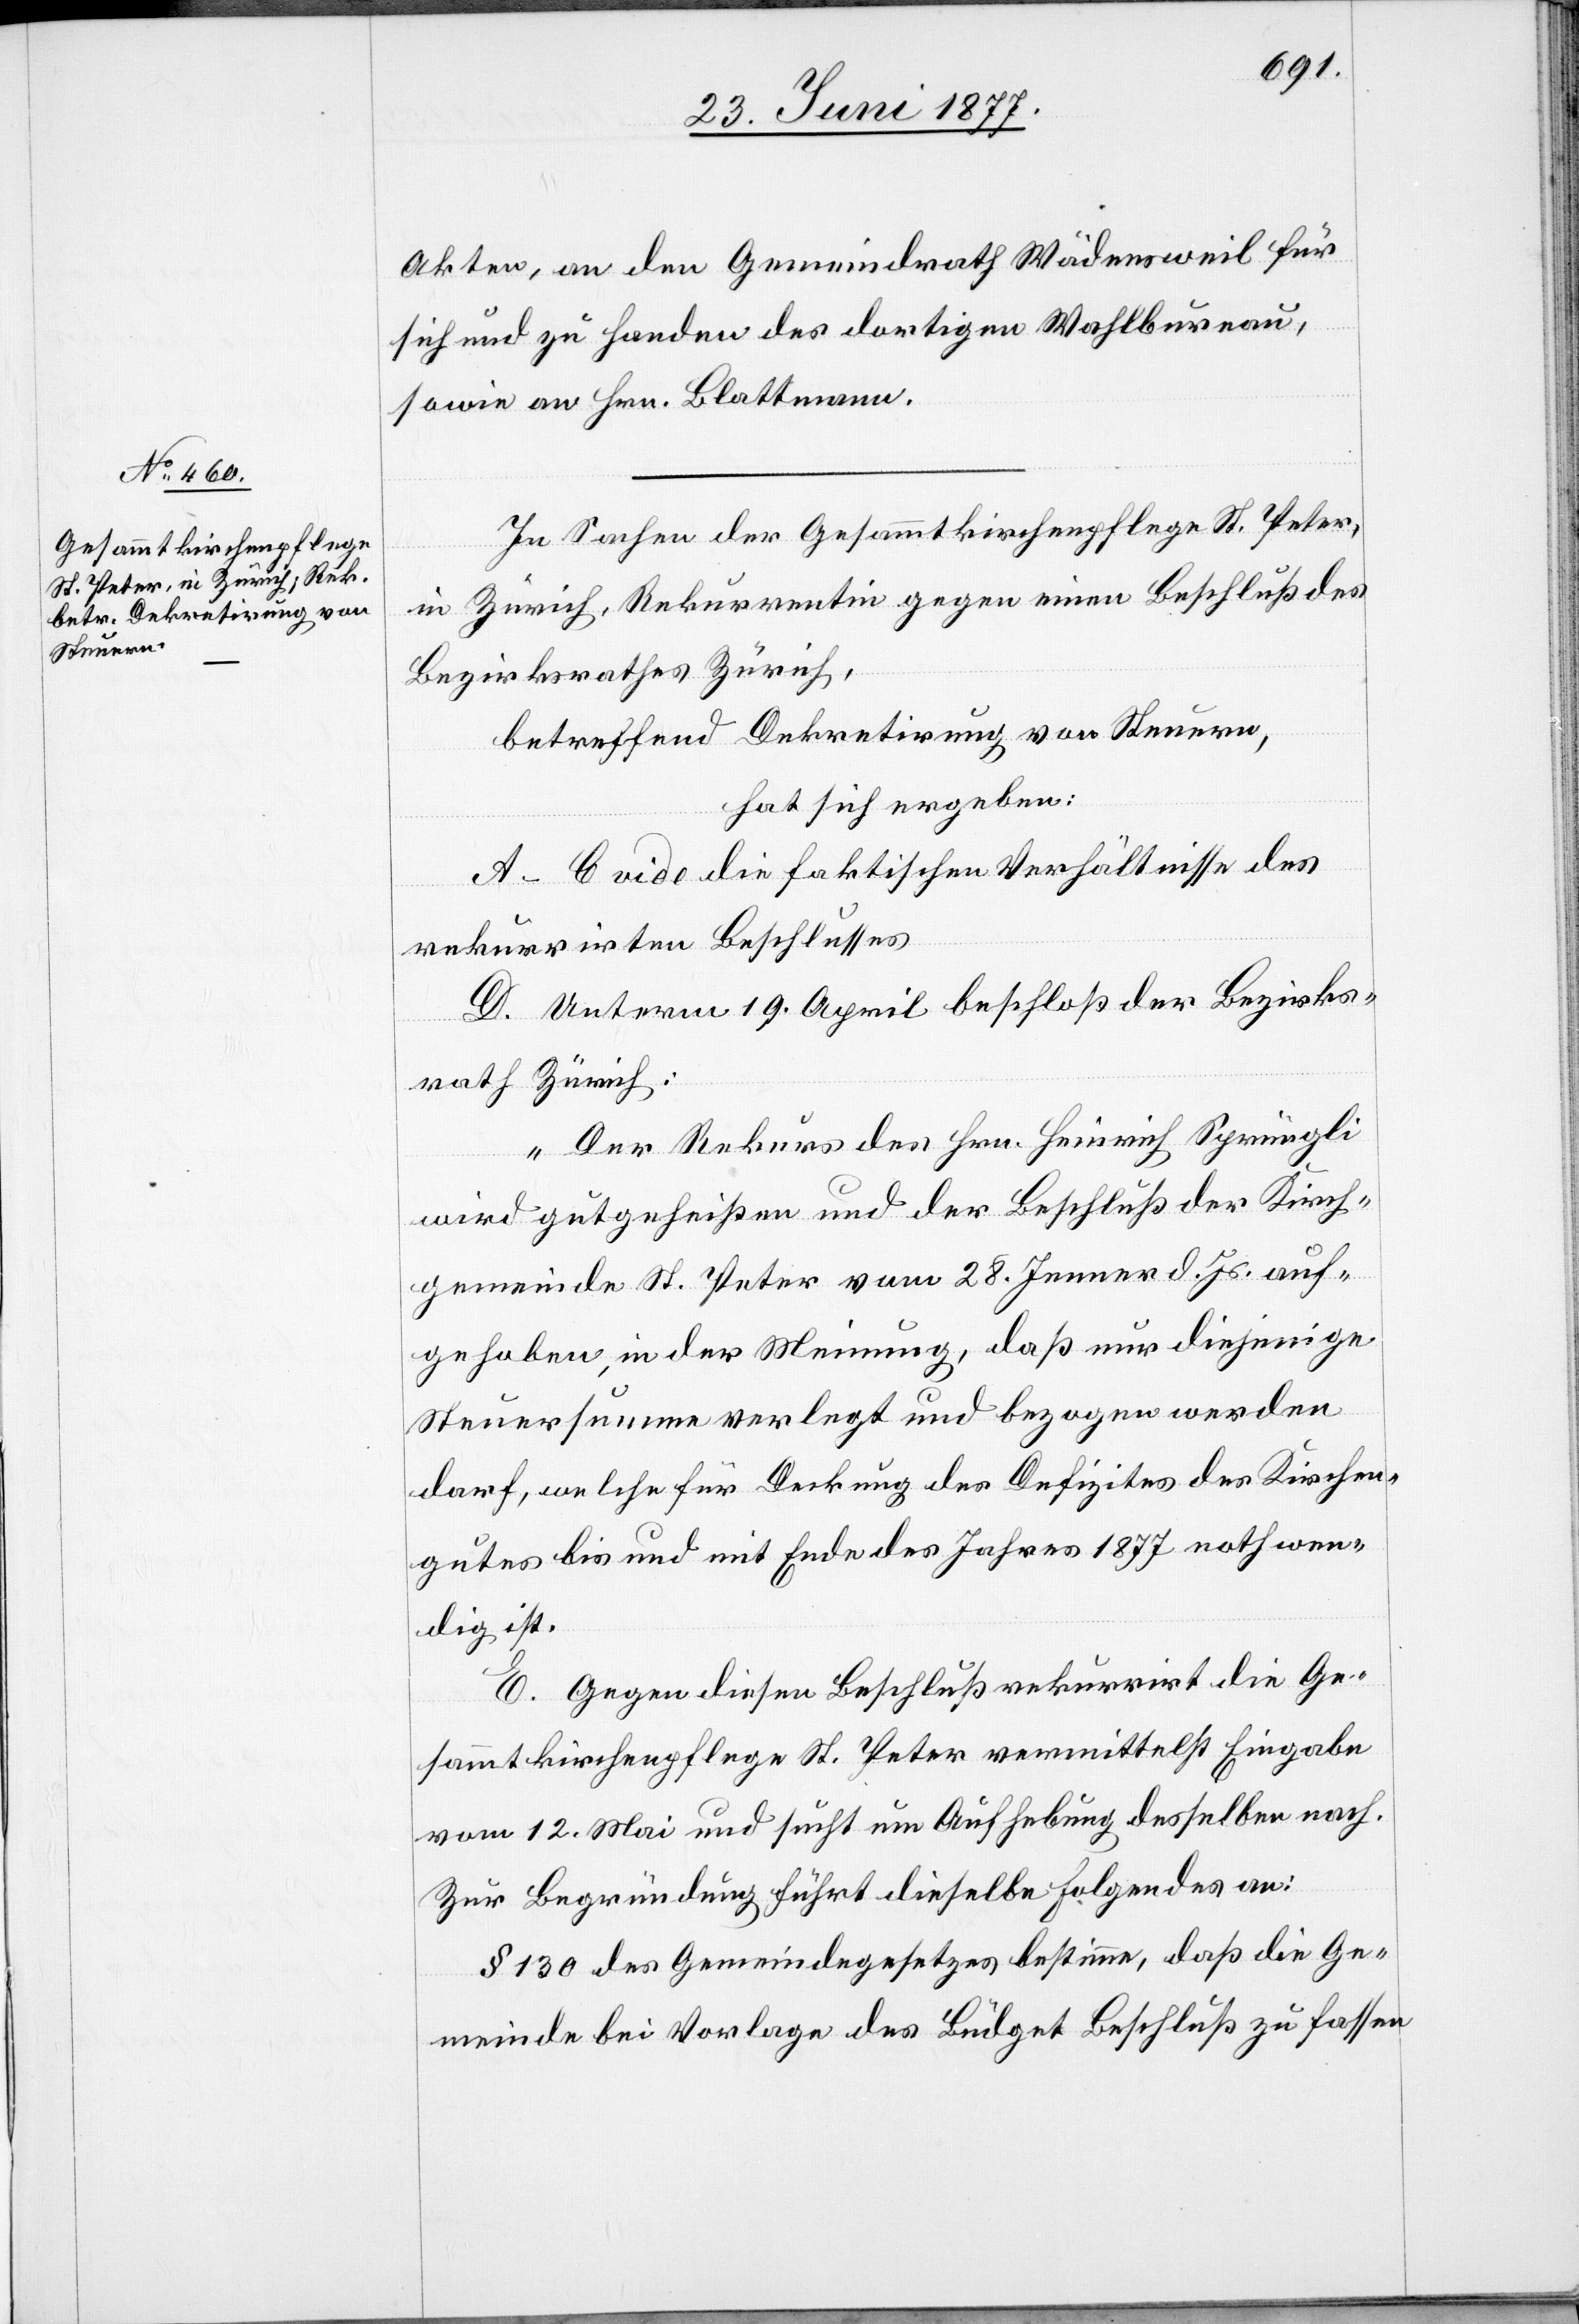
Akten, an den Gemeindrath Wädensweil für
dig
sich und zu Handen des dortigen Wahlbureau,
sowie an Hrn. Blattmann.
In Sachen der Gesammtkirchenpflege St. Peter,
in Zürich, Rekurrentin gegen einen Beschluß des
Bezirksrathes Zürich,
betreffend Dekretirung von Steuern,
hat sich ergeben:
A–C vide die faktischen Verhältnisse des
rekurrirten Beschlusses.
D. Unterm 19. April beschloß der Bezirks¬
rath Zürich:
„Der Rekurs des Hrn. Heinrich Sprüngli
wird gutgeheißen und der Beschluß der Kirch¬
gemeinde St. Peter vom 28. Jenner d. Js. auf¬
gehoben, in der Meinung, daß nur diejenige
Steuersumme verlangt und bezogen werden
darf, welche für Deckung des Defizites des Kirchen¬
gutes bis und mit Ende des Jahres 1877 nothwen¬
E. Gegen diesen Beschluß rekurrirt die Ge¬
sammtkirchenpflege St. Peter mittelst Eingabe
vom 12. Mai und sucht um Aufhebung desselben nach.
Zur Begründung führt dieselbe Folgendes an:
§ 130 des Gemeindegesetzes bestimme, daß die Ge¬
meinde bei Vorlage des Büdget Beschluß zu fassen